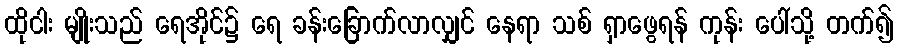
ထိုငါး မျိုးသည် ရေအိုင်၌ ရေ ခန်းခြောက်လာလျှင် နေရာ သစ် ရှာဖွေရန် ကုန်း ပေါ်သို့ တက်၍